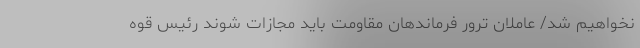
نخواهیم شد/ عاملان ترور فرماندهان مقاومت باید مجازات شوند رئیس قوه